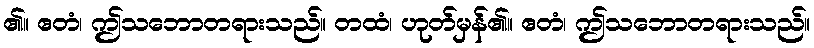
၏။ ဧတံ၊ ဤသဘောတရားသည်။ တထံ၊ ဟုတ်မှန်၏။ ဧတံ၊ ဤသဘောတရားသည်။